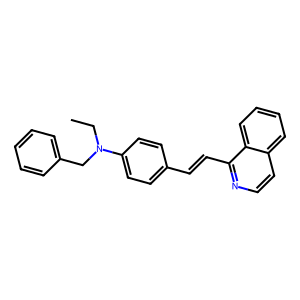
SMILES: CCN(Cc1ccccc1)c1ccc(C=Cc2nccc3ccccc23)cc1
Inhibits HIV replication: No